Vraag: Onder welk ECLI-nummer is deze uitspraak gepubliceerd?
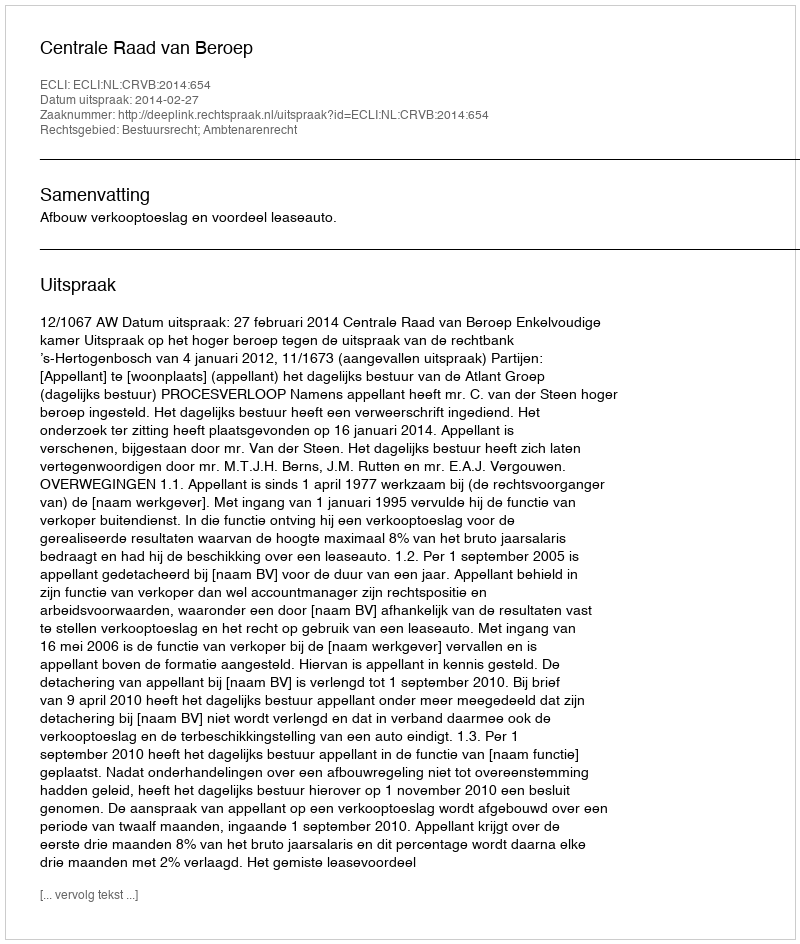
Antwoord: ECLI:NL:CRVB:2014:654